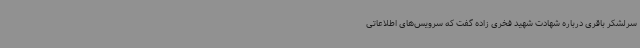
سرلشکر باقری درباره شهادت شهید فخری زاده گفت که سرویس‌های اطلاعاتی